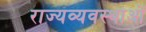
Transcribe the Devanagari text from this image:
राज्यव्यवस्थाओं